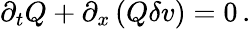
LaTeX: \partial_{t}Q+\partial_{x}\left(Q\delta v\right)=0\, .